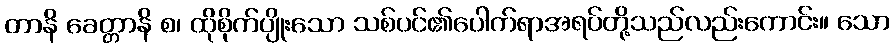
တာနိ ခေတ္တာနိ စ၊ ထိုစိုက်ပျိုးသော သစ်ပင်၏ပေါက်ရာအရပ်တို့သည်လည်းကောင်း။ သော